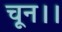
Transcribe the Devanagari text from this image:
चून।।